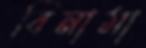
বিনামা